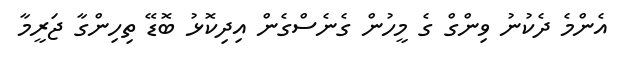
އެންމެ ދެކުނު ވިންގް ގެ މީހުން ގެނެސްގެން އިދިކޮޅު ބޮޑޭ ތިހިންގާ ޖަރީމާ